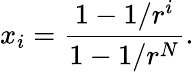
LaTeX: x_{i}=\frac{1-1/r^{i}}{1-1/r^{N}}.